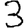
Digit: 3